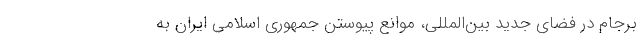
برجام در فضای جدید بین‌المللی، موانع پیوستن جمهوری اسلامی ایران به